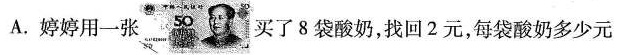
A.婷婷用一张买了8袋酸奶，找回2元，每袋酸奶多少元